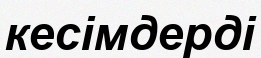
кесімдерді